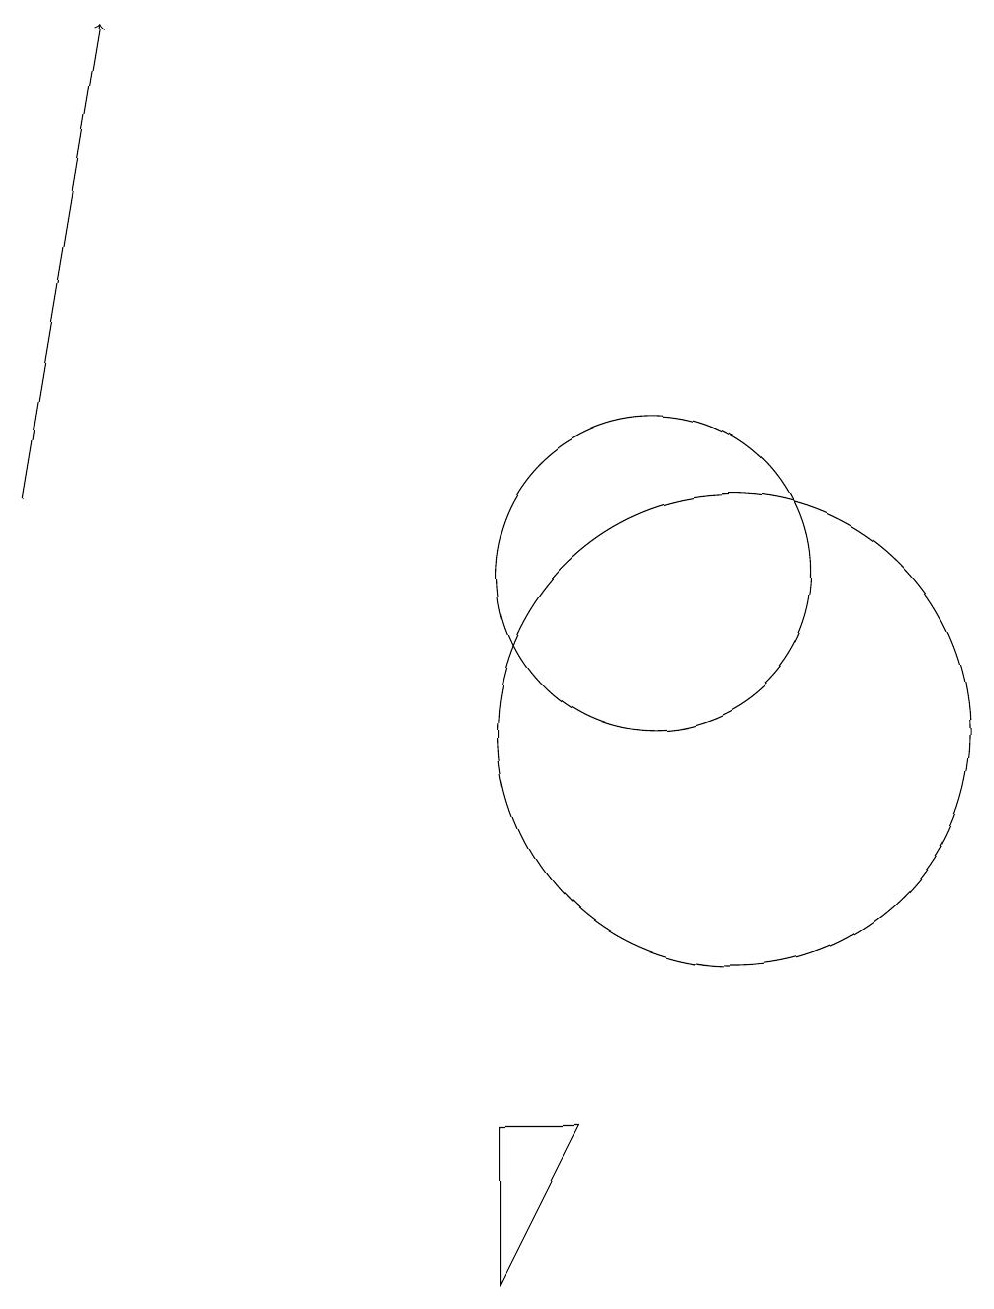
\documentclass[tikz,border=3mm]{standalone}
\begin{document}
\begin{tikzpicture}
\draw (10,12) circle (2);
\draw (11,10) circle (3);
\draw (11,10) circle (0);
\draw (8,3) -- (8,5) -- (9,5) -- cycle;
\draw[->] (2,13) -- (3,19);
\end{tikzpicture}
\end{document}